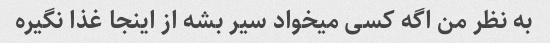
به نظر من اگه کسی میخواد سیر بشه از اینجا غذا نگیره